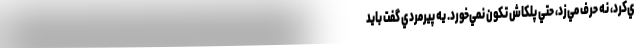
ي‌كرد، نه حرف مي‌زد، حتي پلكاش تكون نمي‌خورد. يه پيرمردي گفت بايد